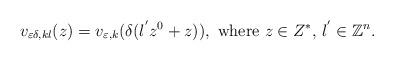
LaTeX: \begin{align*}\displaystyle v_{\varepsilon\delta, kl}(z)= v_{\varepsilon, k}(\delta(l^{^{\prime}}z^{0}+z)),\hbox { where } z \in Z^{\ast}, \,l^{^{\prime}}\in{\mathbb{Z}}^{n}.\end{align*}